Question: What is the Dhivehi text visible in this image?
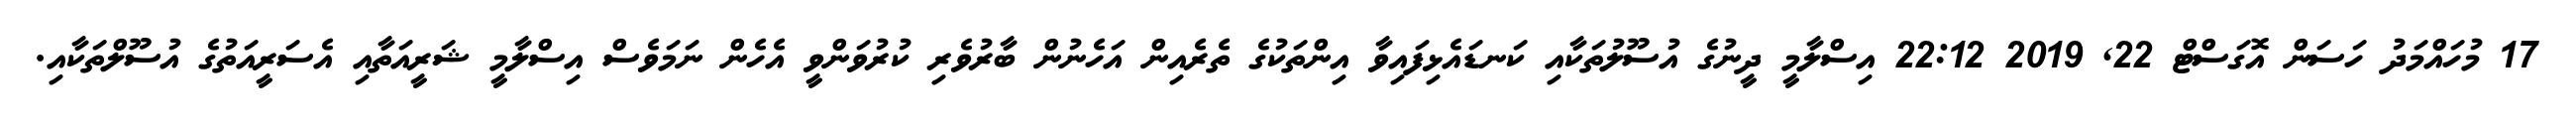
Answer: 17 މުހައްމަދު ހަސަން އޮގަސްޓް 22, 2019 22:12 އިސްލާމީ ދީނުގެ އުސޫލުތަކާއި ކަނޑައެޅިފައިވާ އިންތަކުގެ ތެރެއިން އަހެނުން ބާރުވެރި ކުރުވަންވީ އެހެން ނަމަވެސް އިސްލާމީ ޝަރީއަތާއި އެސަރީއަތުގެ އުސޫލްތަކާއި.